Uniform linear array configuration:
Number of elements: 12
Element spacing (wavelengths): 0.5
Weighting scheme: binomial
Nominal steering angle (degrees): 0
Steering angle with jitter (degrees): -1.716
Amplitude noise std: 0.05
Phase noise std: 0.05

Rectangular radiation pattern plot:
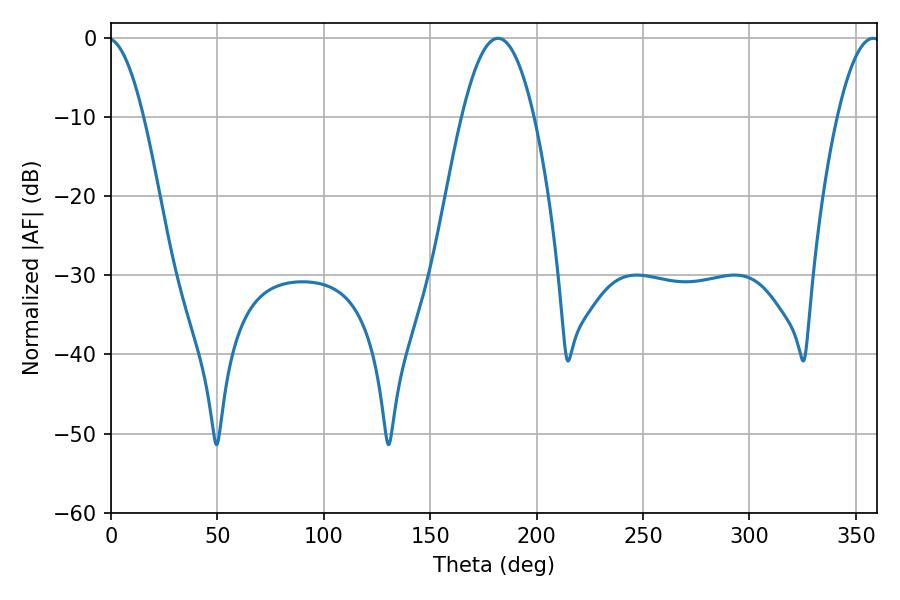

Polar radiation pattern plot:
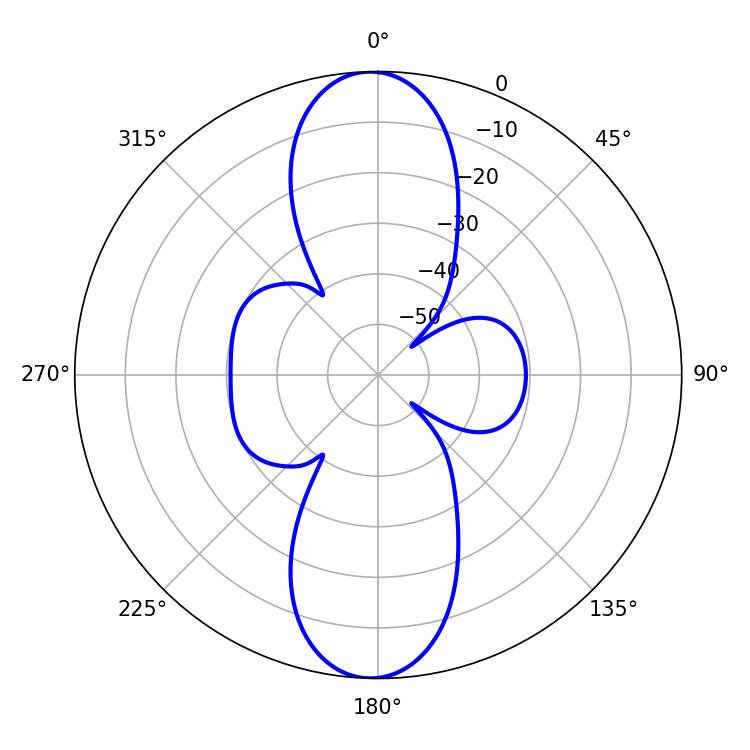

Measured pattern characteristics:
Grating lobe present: FALSE
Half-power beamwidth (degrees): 18.54
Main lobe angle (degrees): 181.8